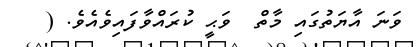
ވަނަ އާޔަތުގައި މާތް  ވަޙީ ކުރައްވާފައިވެއެވެ. (